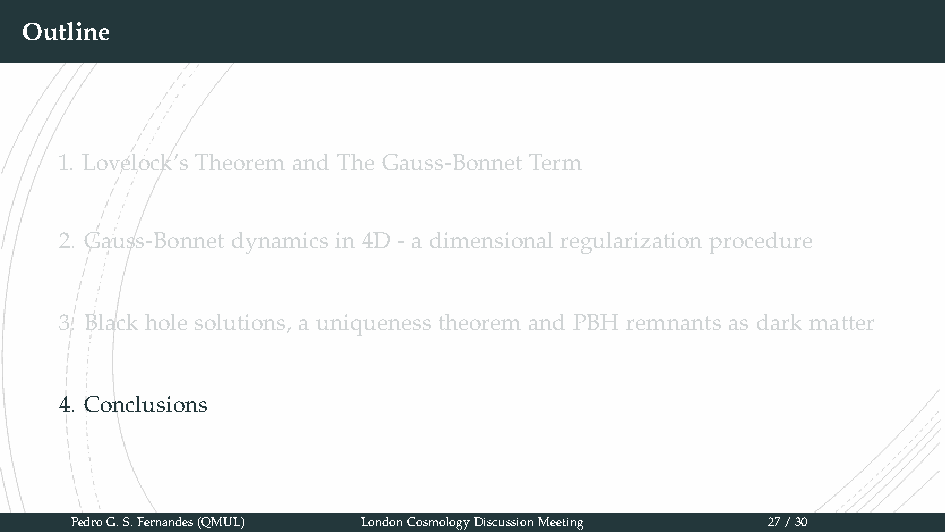
Outline
 1. Lovelock’s Theorem and The Gauss-Bonnet Term
 2. Gauss-Bonnet dynamics in 4D - a dimensional regularization procedure
 3. Black hole solutions, a uniqueness theorem and PBH remnants as dark matter
 4. Conclusions
 PedroG.S.Fernandes(QMUL) LondonCosmologyDiscussionMeeting 27/30